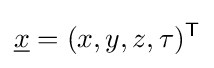
{\underline {x}}=(x,y,z,\tau )^{\mathsf {T}}